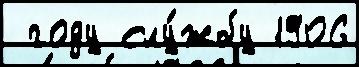
 году слу́жбу 1906